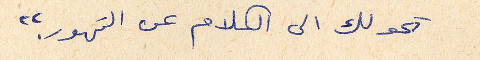
تحولك الى الكلام عن التهور."